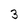
Character: 3